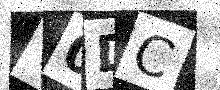
Text: Y0DC